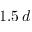
1 . 5 \, d